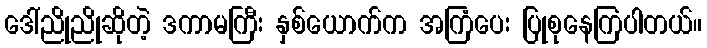
ဒေါ်ညိုညိုဆိုတဲ့ ဒကာမကြီး နှစ်ယောက်က အကြံပေး ပြုစုနေကြပါတယ်။